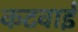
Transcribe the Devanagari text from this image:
कटवाई